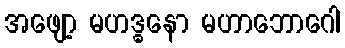
အဖျော့ မဟဒ္ဓနော မဟာဘောဂေါ